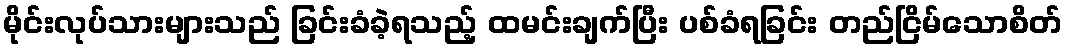
မိုင်းလုပ်သားများသည် ခြင်းခံခဲ့ရသည့် ထမင်းချက်ပြီး ပစ်ခံရခြင်း တည်ငြိမ်သောစိတ်